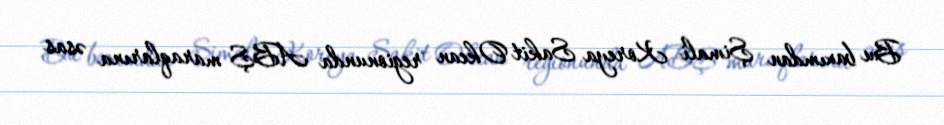
Bu baxımdan Şimali Koreya Sakit Okean regionunda ABŞ maraqlarına əsas